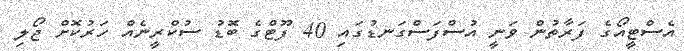
އެސްޓީއޯގެ ފަރާތުން ވަނީ އުސްފަސްގަނޑުގައި 40 ފޫޓްގެ ބޮޑު ސުކްރީނެއް ހަރުކޮށް ޖޯލި